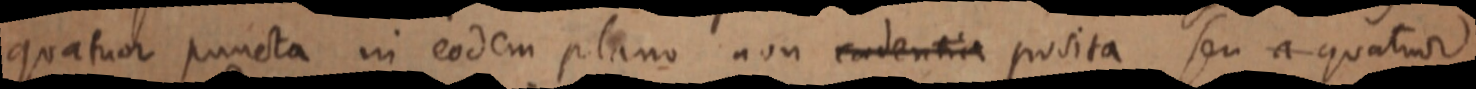
quatuor puncta in eodem plano non eadentia posita, seu a quatuor